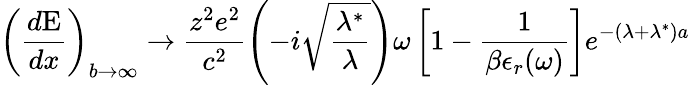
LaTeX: \left(\frac{d\mathrm{{E}}}{dx}\right)_{b\rightarrow\infty}\rightarrow\frac{z^{2}e^{2}}{c^{2}}\left(-i\sqrt{\frac{\lambda^{\ast}}{\lambda}}\right)\omega\left[1-\frac{1}{\beta\epsilon_{r}(\omega)}\right]e^{-(\lambda+\lambda^{\ast})a}